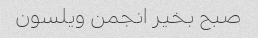
صبح بخیر انجمن ویلسون